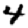
Digit: 4